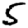
Digit: 5